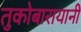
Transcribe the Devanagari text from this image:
तुकोबारायानी